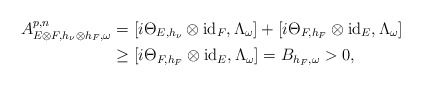
\begin{align*} A^{p,n}_{E\otimes F,h_\nu\otimes h_F,\omega}&=[i\Theta_{E,h_\nu}\otimes\mathrm{id}_F,\Lambda_\omega]+[i\Theta_{F,h_F}\otimes\mathrm{id}_E,\Lambda_\omega]\\ &\geq[i\Theta_{F,h_F}\otimes\mathrm{id}_E,\Lambda_\omega]=B_{h_F,\omega}>0, \end{align*}